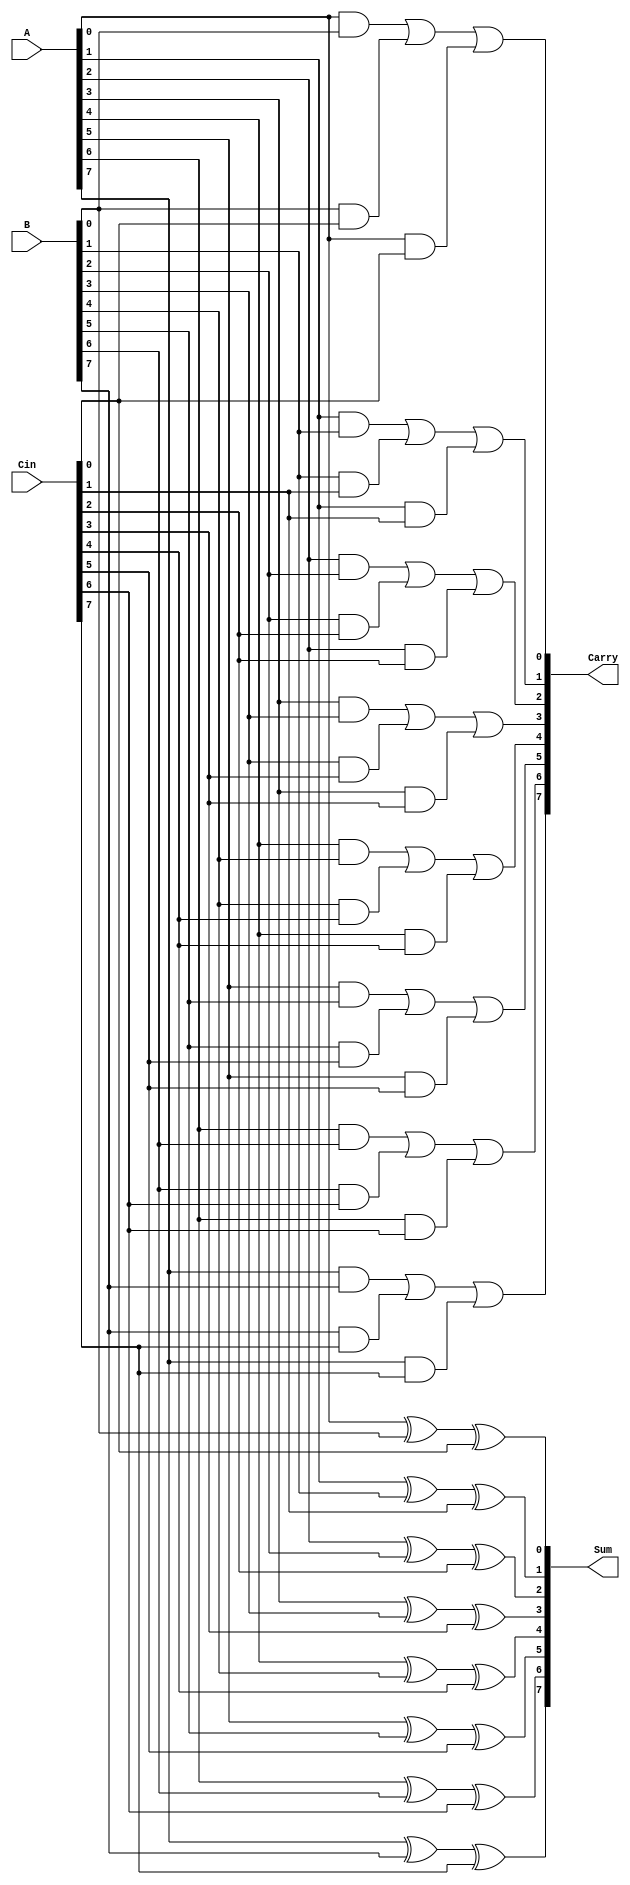
module CarrySaveAdder #(parameter n = 8) (
    input  wire [n-1:0] A,     // n-bit input A
    input  wire [n-1:0] B,     // n-bit input B
    input  wire [n-1:0] Cin,    // n-bit input Carry-in
    output wire [n-1:0] Sum,    // n-bit output Sum
    output wire [n-1:0] Carry   // n-bit output Carry
);

    genvar i;

    // Generate the Sum using XOR gates
    generate
        for (i = 0; i < n; i = i + 1) begin : sum_generation
            assign Sum[i] = A[i] ^ B[i] ^ Cin[i];  // Sum calculation
        end
    endgenerate

    // Generate the Carry using AND and OR gates
    generate
        for (i = 0; i < n; i = i + 1) begin : carry_generation
            wire ab_and, bc_and, ac_and;
            assign ab_and = A[i] & B[i];
            assign bc_and = B[i] & Cin[i];
            assign ac_and = A[i] & Cin[i];

            assign Carry[i] = ab_and | bc_and | ac_and;  // Carry calculation
        end
    endgenerate

endmodule